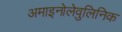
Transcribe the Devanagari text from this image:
अमाइनोलेवुलिनिक